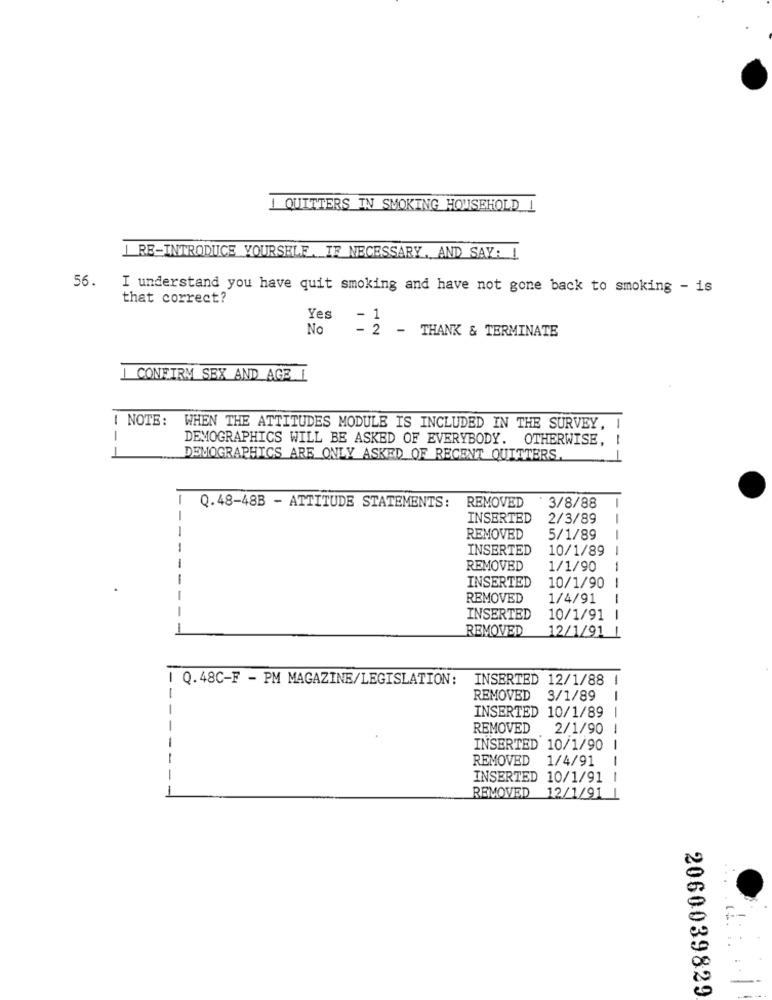
1 QUITTERS IN SMOKING HOUSEHOLD 1
1 RE-INTRODUCE YOURSELF. IF NECESSARY, AND SAY: !
56.
I understand you have quit smoking and have not gone back to smoking - is
that correct?
Yes
1
No
- 2 - THANK & TERMINATE
CONFIRM SEX AND AGE I
| NOTE: WHEN THE ATTITUDES MODULE IS INCLUDED IN THE SURVEY, I
-
DEMOGRAPHICS WILL BE ASKED OF EVERYBODY. OTHERWISE,
DEMOGRAPHICS ARE ONLY ASKED OF RECENT QUITTERS.
Q.48-48B - ATTITUDE STATEMENTS: REMOVED
3/8/88
-
--
INSERTED
2/3/89
-
REMOVED
5/1/89
INSERTED
10/1/89
-
REMOVED
1/1/90
1
INSERTED
10/1/90
REMOVED
1/4/91
INSERTED
10/1/91
1
REMOVED
12/1/91
| Q.48C-F - PM MAGAZINE/LEGISLATION:
INSERTED 12/1/88 1
REMOVED
3/1/89
INSERTED 10/1/89
REMOVED
2/1/90
---
INSERTED 10/1/90
REMOVED 1/4/91
INSERTED 10/1/91 |
--
-
REMOVED 12/1/91 1
2060039829